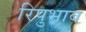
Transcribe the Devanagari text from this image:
रिपुभाव